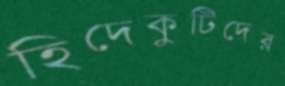
হিদেকুটিদের